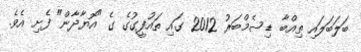
ބަލަބަލައި ތިއްބާ ޑިސެމްބަރު 2012 ގައި ތައުފީގުގެ ގެ "އޮޔާދާން" ފެށި އެވެ.